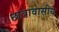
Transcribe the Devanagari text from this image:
छात्रावासीय